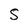
Character: S